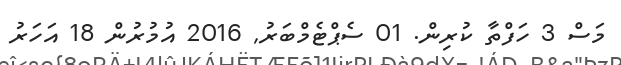
މަސް 3 ހަފްތާ ކުރިން. 01 ސެޕްޓެމްބަރު